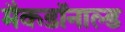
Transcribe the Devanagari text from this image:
मैकडॉनाल्ड